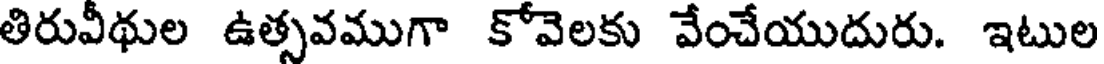
తిరువీథుల ఉత్సవముగా కోవెలకు వేంచేయుదురు. ఇటుల